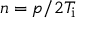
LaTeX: n = p / 2 T _ { \mathrm { i } }